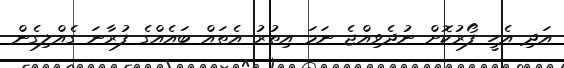
އަދި އެހީ ފޯރުކޮށް ނުދެވިއްޖެ ނަމަ އިތުރު އެތައް ބައެއްގެ ފުރާނަ ގެއްލިގެން